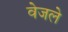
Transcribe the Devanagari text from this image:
वेजले